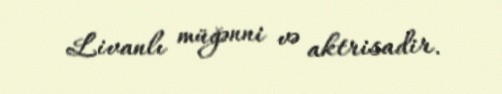
Livanlı müğənni və aktrisadir.